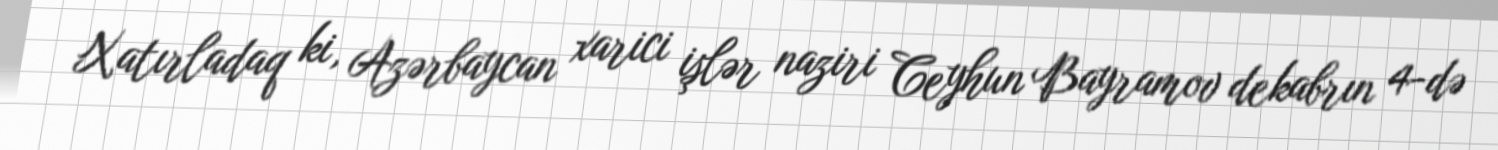
Xatırladaq ki, Azərbaycan xarici işlər naziri Ceyhun Bayramov dekabrın 4-də